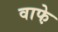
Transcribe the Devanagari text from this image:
वाफे़